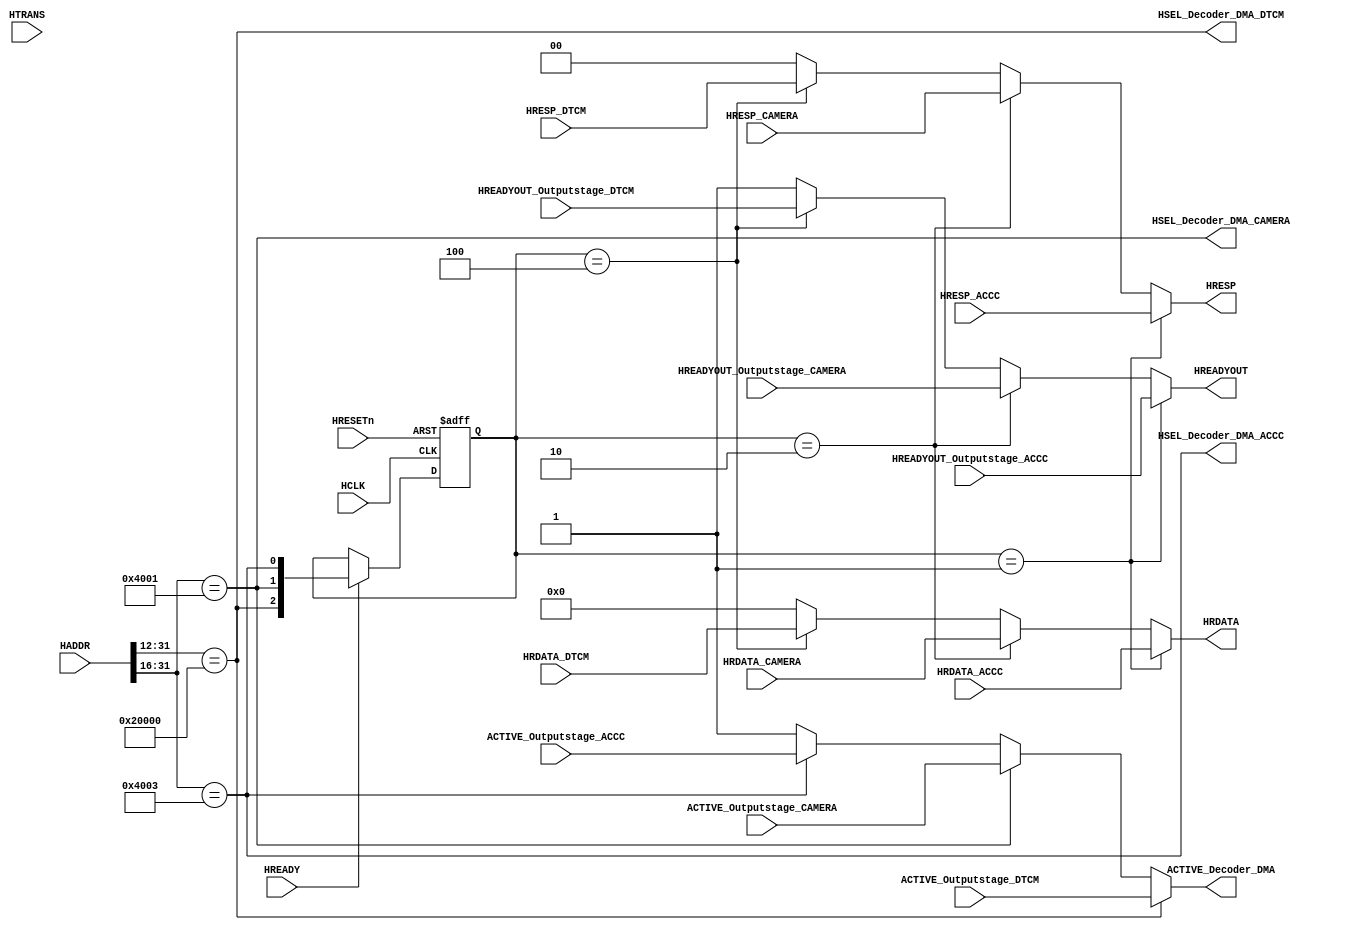
module AHBlite_BusMatrix_Decoder_DMA(

    input   HCLK,
    input   HRESETn,

    //  FROM INPUTSTAGE
    input   HREADY,
    input   [31:0 ] HADDR,
    input   [1:0]   HTRANS,

    //  FROM OUTPUTSTAGE
    input   ACTIVE_Outputstage_DTCM,
    input   HREADYOUT_Outputstage_DTCM,
    input   [1:0]   HRESP_DTCM,
    input   [31:0]  HRDATA_DTCM,


    //  FROM OUTPUTSTAGE
    input   ACTIVE_Outputstage_CAMERA,
    input   HREADYOUT_Outputstage_CAMERA,
    input   [1:0]   HRESP_CAMERA,
    input   [31:0]  HRDATA_CAMERA,

    //  FROM OUTPUTSTAGE
    input   ACTIVE_Outputstage_ACCC,
    input   HREADYOUT_Outputstage_ACCC,
    input   [1:0]   HRESP_ACCC,
    input   [31:0]  HRDATA_ACCC,

    //  OUTPUTSTAGE HSEL
    output  wire    HSEL_Decoder_DMA_DTCM,
    output  wire    HSEL_Decoder_DMA_CAMERA,
    output  wire    HSEL_Decoder_DMA_ACCC,
    
    //  SELOUTPUT
    output  wire    ACTIVE_Decoder_DMA,
    output  wire    HREADYOUT,
    output  wire    [1:0]   HRESP,
    output  wire    [31:0]  HRDATA 
);

assign  HSEL_Decoder_DMA_DTCM       = (HADDR[31:12]  ==  20'h20000);
assign  HSEL_Decoder_DMA_CAMERA     = (HADDR[31:16]  ==  16'h4001);
assign  HSEL_Decoder_DMA_ACCC       = (HADDR[31:16]  ==  16'h4003);

assign  ACTIVE_Decoder_DMA          = HSEL_Decoder_DMA_DTCM     ?   ACTIVE_Outputstage_DTCM     :                
                                      (HSEL_Decoder_DMA_CAMERA  ?   ACTIVE_Outputstage_CAMERA   :  
                                      (HSEL_Decoder_DMA_ACCC    ?   ACTIVE_Outputstage_ACCC     :1'b1));

reg [2:0] sel_reg;

always@(posedge HCLK or negedge HRESETn) begin
    if(~HRESETn)
        sel_reg <=  3'b0;
    else if(HREADY)
        sel_reg <=  {HSEL_Decoder_DMA_DTCM,
                     HSEL_Decoder_DMA_CAMERA,
                     HSEL_Decoder_DMA_ACCC};
end

assign  HREADYOUT   =   (sel_reg   ==  3'b001)  ?   HREADYOUT_Outputstage_ACCC    :  
                        ((sel_reg   ==  3'b010)  ?   HREADYOUT_Outputstage_CAMERA :
                        ((sel_reg   ==  3'b100)  ?   HREADYOUT_Outputstage_DTCM   :   1'b1));

assign  HRESP       =   (sel_reg   ==  3'b001)  ?   HRESP_ACCC    :  
                        ((sel_reg   ==  3'b010)  ?   HRESP_CAMERA :
                        ((sel_reg   ==  3'b100)  ?   HRESP_DTCM   :   2'b00));

assign  HRDATA      =   (sel_reg   ==  3'b0001)  ?   HRDATA_ACCC    :    
                        ((sel_reg   ==  3'b010)  ?   HRDATA_CAMERA :
                        ((sel_reg   ==  3'b100)  ?   HRDATA_DTCM   :   32'b0));

endmodule